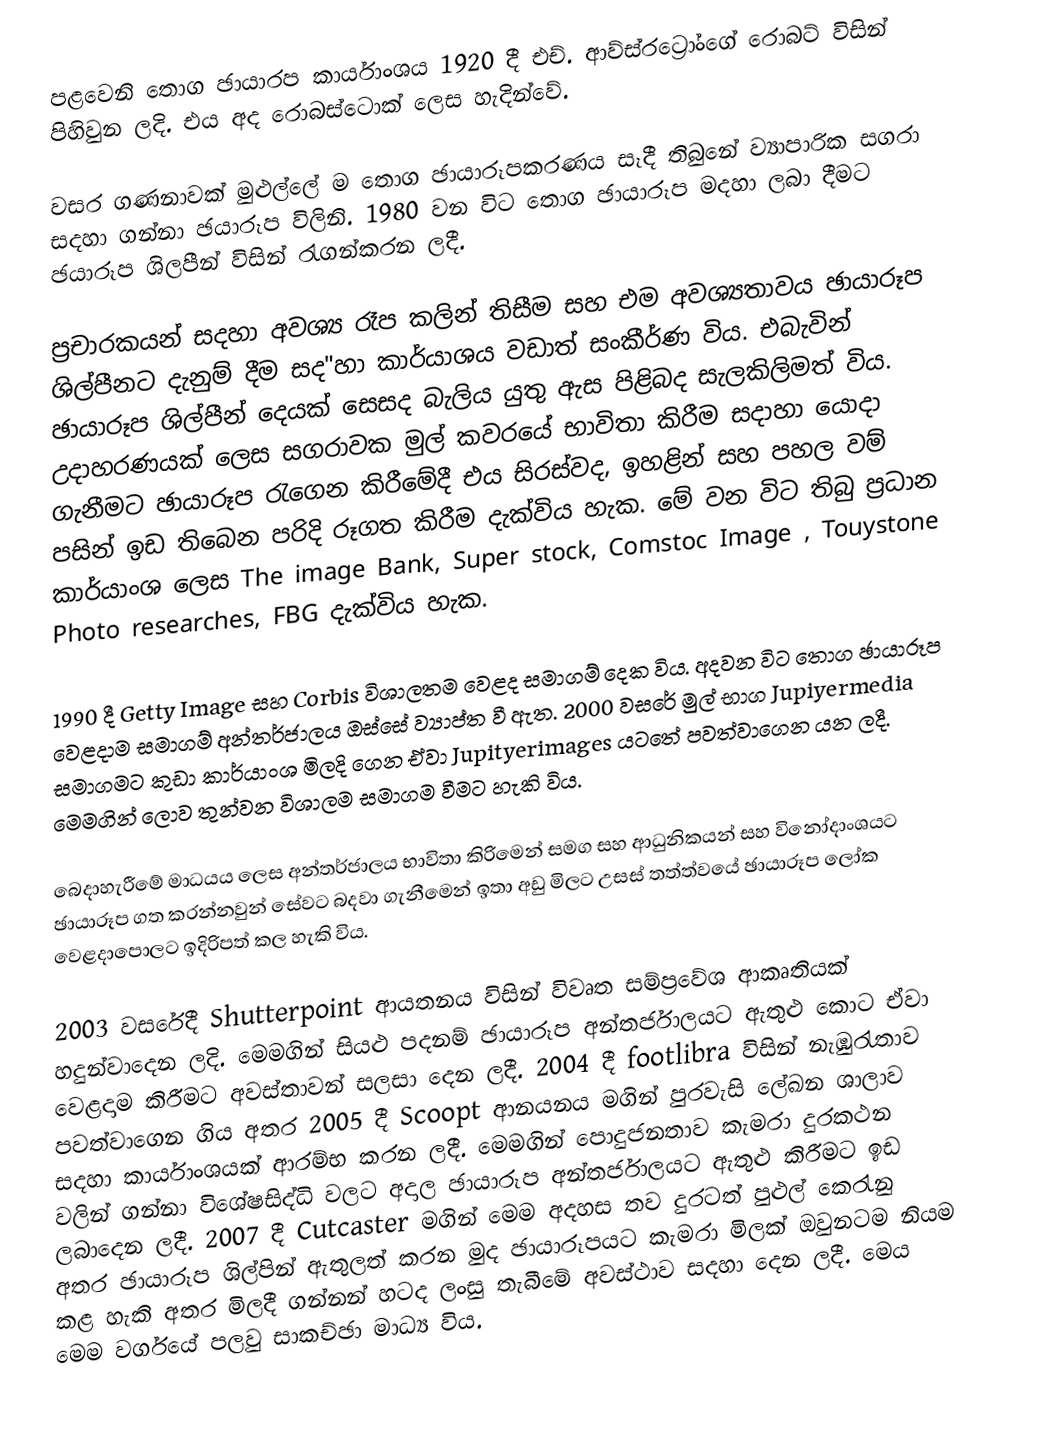
පළවෙනි තොග ඡායාරප කාර්යාංශය 1920 දී එච්. ආව්ස්රට්‍රෝංගේ රොබට් විසින් පිහිවුන ලදි. එය අද රොබස්ටොක් ලෙස හැදින්වේ.

වසර ගණනාවක් මුළුල්ලේ ම තොග ඡායාරූපකරණය සෑදී තිබුනේ ව්‍යාපාරික සගරා සදහා ගන්නා ඡයාරූප විලිනි. 1980 වන විට තොග ඡායාරූප මදහා ලබා දීමට ඡයාරූප ශිලපීන් විසින් රැගන්කරන ලදී.

ප්‍රචාරකයන් සදහා අවශ්‍ය රෑප කලින් තිසීම සහ එම අවශ්‍යතාවය ඡායාරූප ශිල්පීනට දැනුම් දීම සද"හා කාර්යාශය වඩාත් සංකීර්ණ විය. එබැවින් ඡායාරූප ශිල්පීන් දෙයක් සෙසද බැලිය යුතු ඇස පිළිබද සැලකිලිමත් විය. උදාහරණයක් ලෙස සගරාවක මුල් කවරයේ භාවිතා කිරීම සදාහා යොදා ගැනීමට ඡායාරූප රැගෙන කිරීමේදී එය ‍සිරස්වද, ඉහළින් සහ පහල වම් පසින් ඉඩ තිබෙන පරිදි රූගත කිරීම දැක්විය හැක. මේ වන විට තිබු ප්‍රධාන කාර්යාංශ ලෙස The image Bank, Super stock, Comstoc Image , Touystone Photo researches, FBG දැක්විය හැක.

1990 දී Getty Image සහ Corbis  විශාලතම වෙළද සමාගම් දෙක විය. අදවන විට තොග  ඡායාරූප වෙළදාම සමාගම් අන්තර්ජාලය ඔස්සේ ව්‍යාප්ත වී ඇත. 2000 වසරේ මුල් භාග Jupiyermedia සමාගමට කුඩා කාර්යාංශ මිලදි ගෙන ඒවා   Jupityerimages යටතේ පවත්වාගෙන යන ලදී. මෙමගින් ලොව තුන්වන විශාලම සමාගම වීමට හැකි විය.

බෙදාහැරීමේ මාධයය ලෙස අන්තර්ජාලය භාවිතා කිරිමෙන් සමග සහ ආධුනිකයන් සහ විනෝදාංශයට ඡායාරූප ගත කරන්නවුන් සේවට බදවා ගැනීමෙන් ඉතා අඩු මිලට උසස් තත්ත්වයේ ඡායාරූප ලෝක වෙළදාපොලට ඉදිරිපත් කල හැකි විය.

2003 වසරේදී Shutterpoint ආයතනය විසින් විවෘත සම්ප්‍රවේශ ආකෘතියක් හදුන්වාදෙන ලදි. මෙමගින් සියළු පදනම් ඡායාරූප අන්තර්ජාලයට ඇතුළු කොට ඒවා වෙළදාම කිරීමට අවස්තාවන් සලසා දෙන ලදී. 2004 දී  footlibra විසින් නැඹුරැතාව පවත්වාගෙන ගිය අතර 2005 දී Scoopt ආනයනය මගින් පුරවැසි ලේඛන ශාලාව සදහා කාර්යාංශයක් ආරම්භ කරන ලදී. මෙමගින් පොදුජනතාව කැමරා දුරකථන වලින් ගන්නා විශේෂසිද්ධි වලට අදාල ඡායාරූප අන්තර්ජාලයට ඇතුළු කිරීමට ඉඩ ලබාදෙන ලදී. 2007 දී Cutcaster මගින් මෙම අදහස තව දුරටත් පුළුල් කෙරැනු අතර ඡායාරූප ශිල්පින් ඇතුලත් කරන මුද ඡායාරූපයට කැමරා මිලක් ඔවුනටම නියම කළ හැකි අතර මිලදී ගන්නන් හටද ලංසු තැබීමේ අවස්ථාව සදහා දෙන ලදී. මෙය මෙම වර්ගයේ පලවු සාකච්ඡා මාධ්‍ය විය.